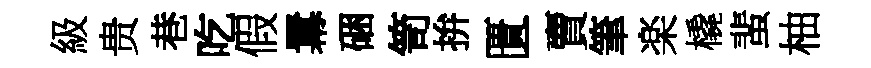
級贵巷吃假羃硱笥拚匱賣筆楽橇蜚柚